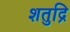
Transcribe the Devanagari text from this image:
शतुद्रि